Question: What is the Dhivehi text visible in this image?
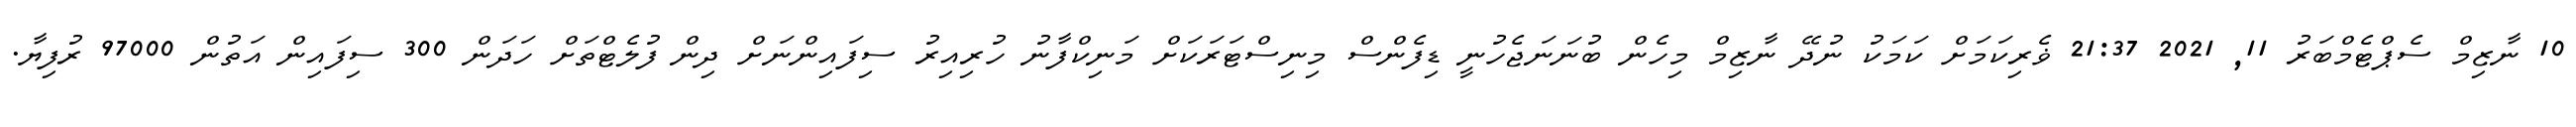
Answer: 10 ނާޒިމް ސެޕްޓެމްބަރު 11, 2021 21:37 ޥެރިކަމަށް ކަމަކު ނުދޭ ނާޒިމް މިހެން ބުނަނަޖެހުނީ ޑިފެންސް މިނިސްޓަރަކަށް މަނިކްފާނު ހުރިއިރު ސިފައިންނަށް ދިން ފުލެޓްތަށް ހަދަން 300 ސިފައިން އަތުން 97000 ރުފިޔާ.